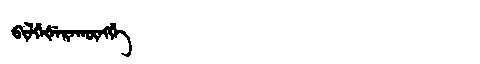
Manchu: ᠪᡳᠯᡤᡝᡧᡝᡵᠠᡴᡡᠩᡤᡝ
Romanization: BILGEŠERAKŪNGGE